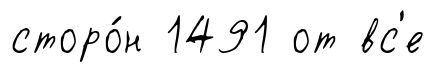
сторо́н 1491 от вс'е